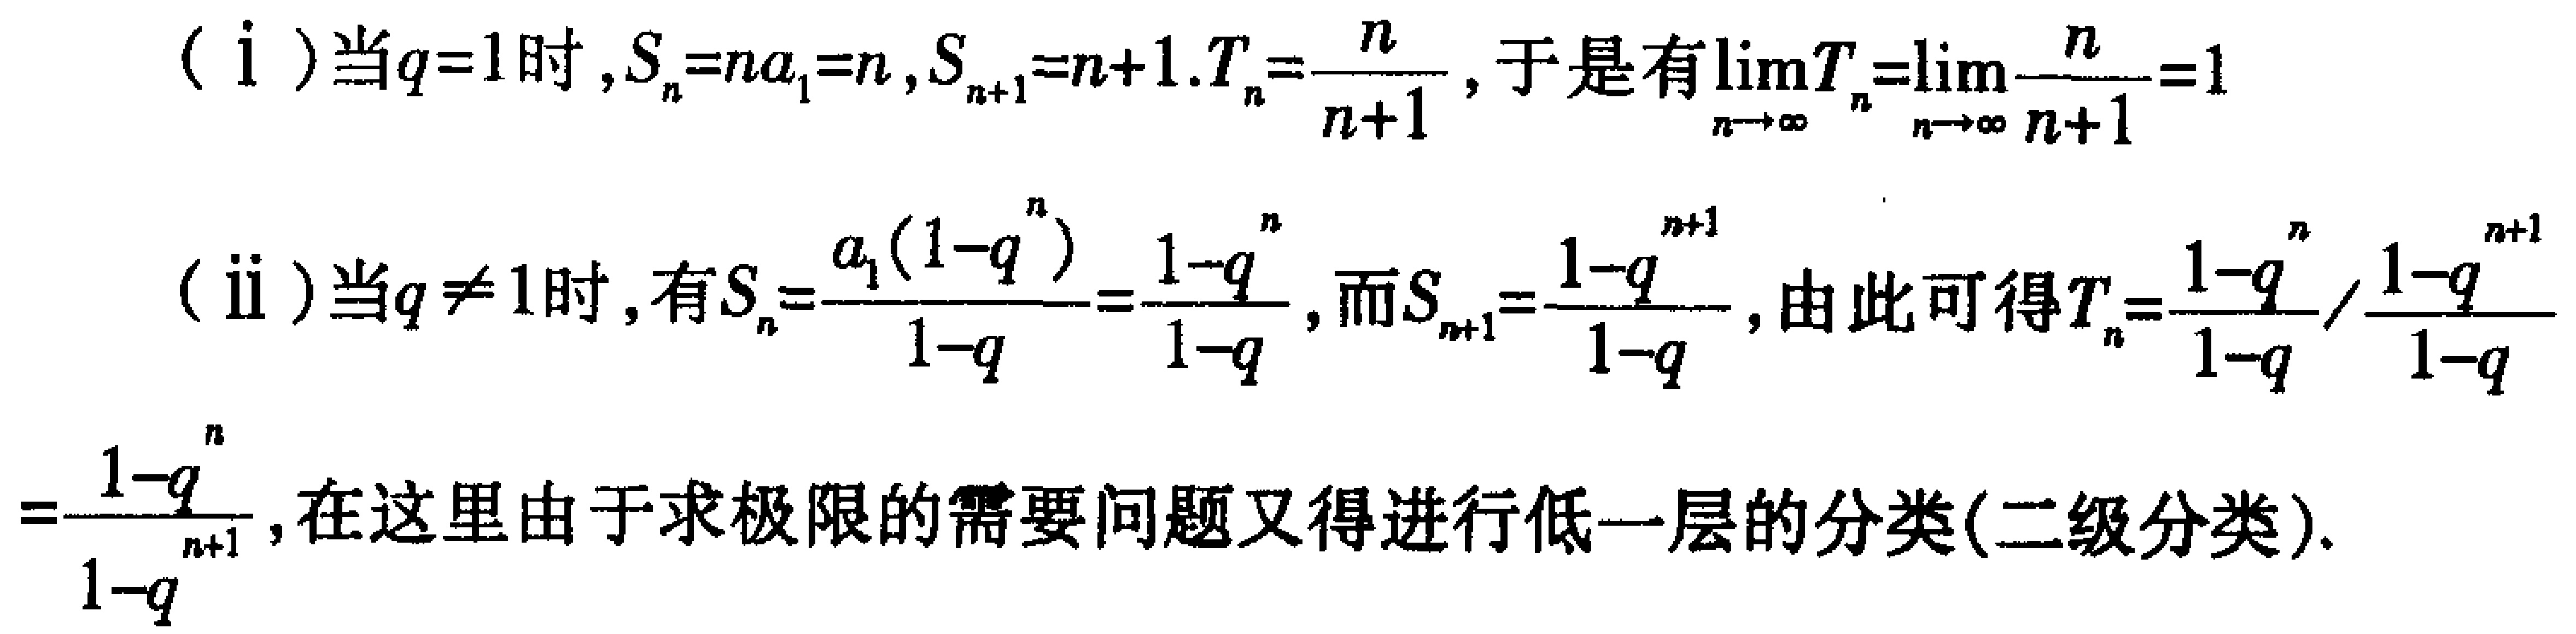
\begin{align*}
&\text{(ⅰ) 当}q = 1\text{时},S_{n}=na_{1}=n,S_{n + 1}=n + 1.T_{n}=\frac{n}{n + 1},\text{于是有}\lim_{n\rightarrow\infty}T_{n}=\lim_{n\rightarrow\infty}\frac{n}{n + 1}=1\\
&\text{(ⅱ) 当}q\neq1\text{时}, \text{有}S_{n}=\frac{a_{1}(1 - q^{n})}{1 - q}=\frac{1 - q^{n}}{1 - q},\text{而}S_{n+1}=\frac{1 - q^{n + 1}}{1 - q},\text{由此可得}T_{n}=\frac{1 - q^{n}}{1 - q}/\frac{1 - q^{n + 1}}{1 - q}\\
&=\frac{1 - q^{n}}{1 - q^{n+1}},\text{在这里由于求极限的需要问题又得进行低一层的分类(二级分类)}.
\end{align*}